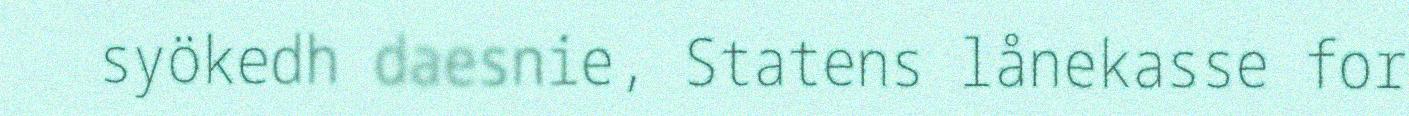
syökedh daesnie, Statens lånekasse for